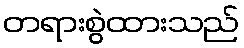
တရားစွဲထားသည်